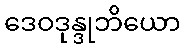
ဒေဝဒုန္ဒုဘိယော